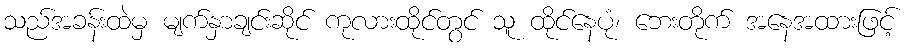
သည်အခန်းထဲမှ မျက်နှာချင်းဆိုင် ကုလားထိုင်တွင် သူ ထိုင်နေပုံ၊ ဘေးတိုက် အနေအထားဖြင့်